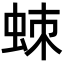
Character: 𧊸